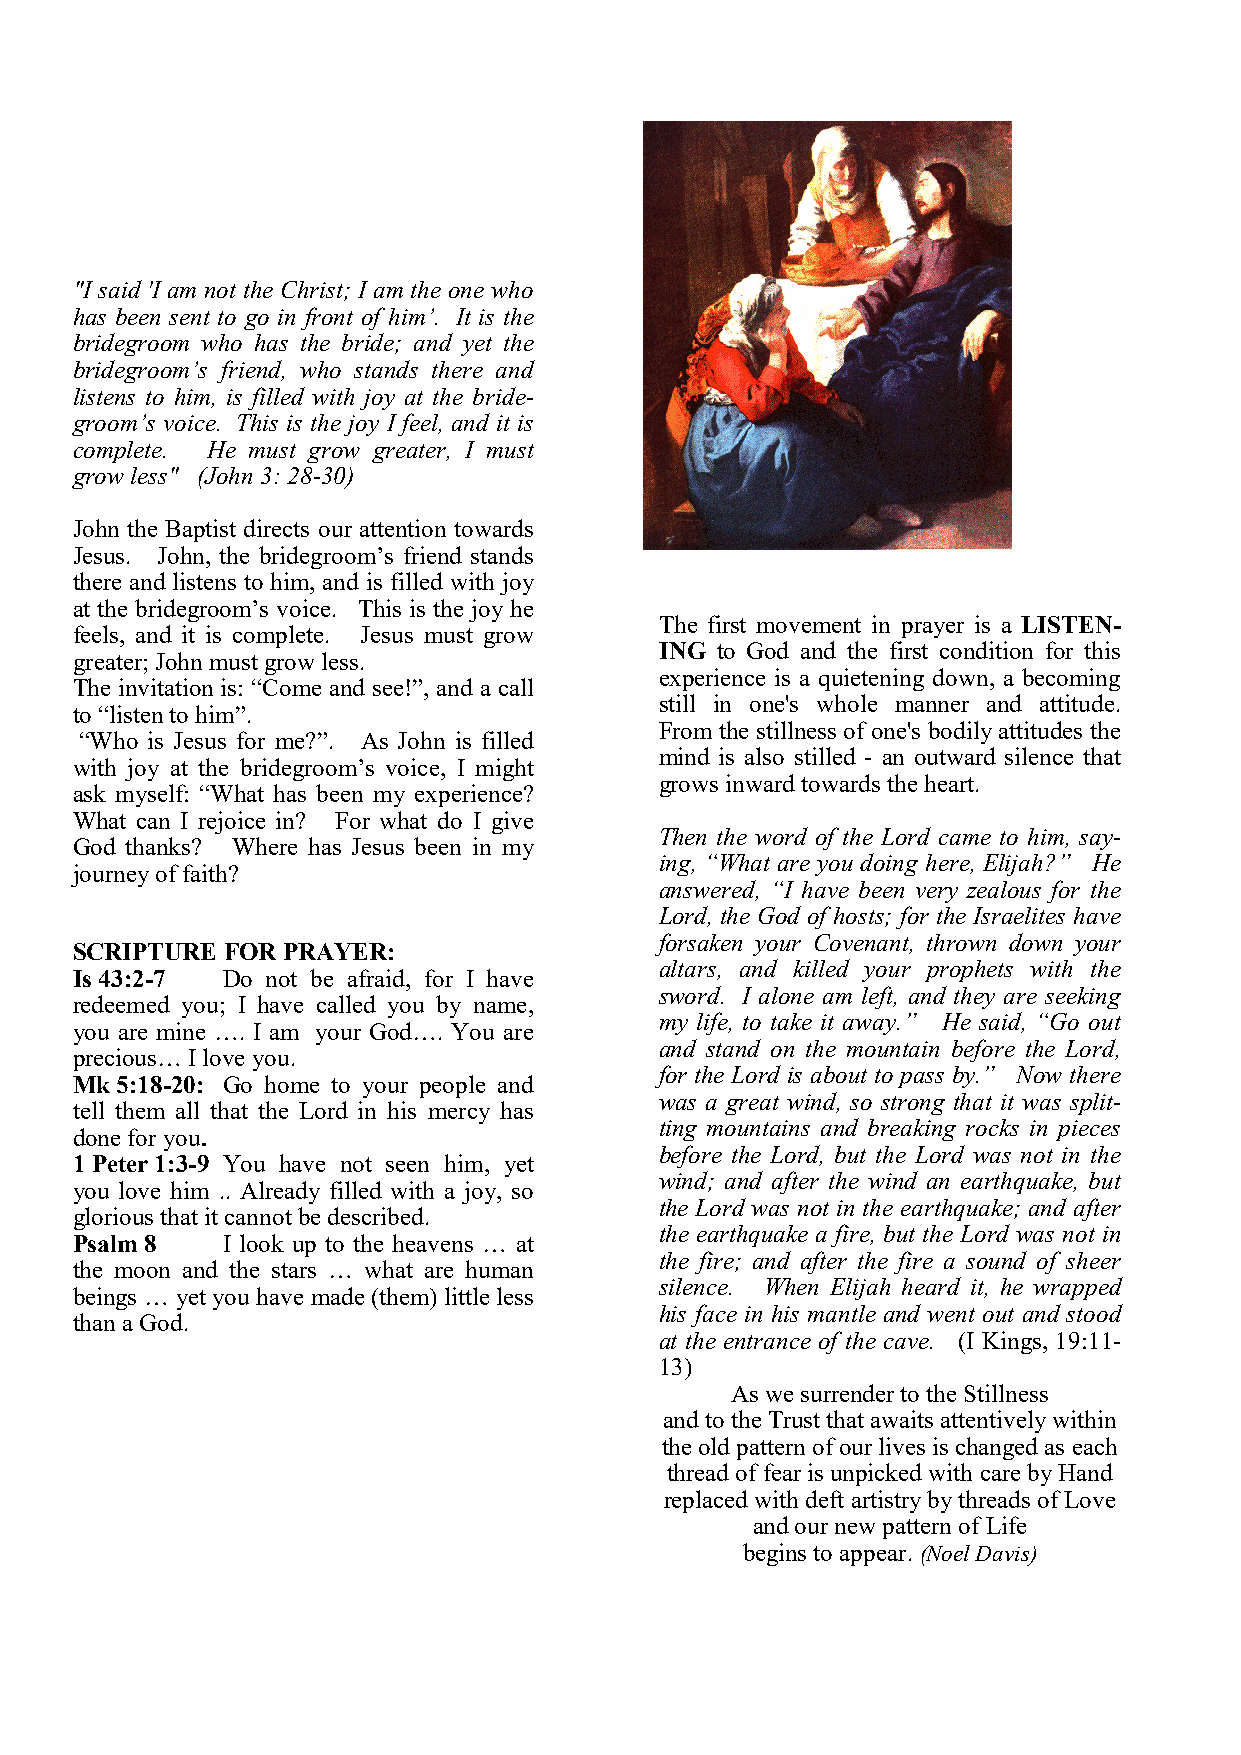
"I said 'I am not the Christ; I am the one who
 has been sent to go in front of him’. It is the
 bridegroom who has the bride; and yet the
 bridegroom’s friend, who stands there and
 listens to him, is filled with joy at the bride-
 groom’s voice. This is the joy I feel, and it is
 complete. He must grow greater, I must
 grow less" (John 3: 28-30)
 John the Baptist directs our attention towards
 Jesus. John, the bridegroom’s friend stands
 there and listens to him, and is filled with joy
 at the bridegroom’s voice. This is the joy he
 The first movement in prayer is a LISTEN-
 feels, and it is complete. Jesus must grow
 ING to God and the first condition for this
 greater; John must grow less.
 experience is a quietening down, a becoming
 The invitation is: “Come and see!”, and a call
 still in one's whole manner and attitude.
 to “listen to him”.
 From the stillness of one's bodily attitudes the
 “Who is Jesus for me?”. As John is filled
 mind is also stilled - an outward silence that
 with joy at the bridegroom’s voice, I might
 grows inward towards the heart.
 ask myself: “What has been my experience?
 What can I rejoice in? For what do I give
 Then the word of the Lord came to him, say-
 God thanks? Where has Jesus been in my
 ing, “What are you doing here, Elijah?” He
 journey of faith?
 answered, “I have been very zealous for the
 Lord, the God of hosts; for the Israelites have
 forsaken your Covenant, thrown down your
 SCRIPTURE FOR PRAYER:
 altars, and killed your prophets with the
 Is 43:2-7 Do not be afraid, for I have
 sword. I alone am left, and they are seeking
 redeemed you; I have called you by name,
 my life, to take it away.” He said, “Go out
 you are mine …. I am your God…. You are
 and stand on the mountain before the Lord,
 precious… I love you.
 for the Lord is about to pass by.” Now there
 Mk 5:18-20: Go home to your people and
 was a great wind, so strong that it was split-
 tell them all that the Lord in his mercy has
 ting mountains and breaking rocks in pieces
 done for you.
 before the Lord, but the Lord was not in the
 1 Peter 1:3-9 You have not seen him, yet
 wind; and after the wind an earthquake, but
 you love him .. Already filled with a joy, so
 the Lord was not in the earthquake; and after
 glorious that it cannot be described.
 the earthquake a fire, but the Lord was not in
 Psalm 8   I look up to the heavens … at
 the fire; and after the fire a sound of sheer
 the moon and the stars … what are human
 silence. When Elijah heard it, he wrapped
 beings … yet you have made (them) little less
 his face in his mantle and went out and stood
 than a God.
 at the entrance of the cave. (I Kings, 19:11-
 13)
 As we surrender to the Stillness
 and to the Trust that awaits attentively within
 the old pattern of our lives is changed as each
 thread of fear is unpicked with care by Hand
 replaced with deft artistry by threads of Love
 and our new pattern of Life
 begins to appear. (Noel Davis)